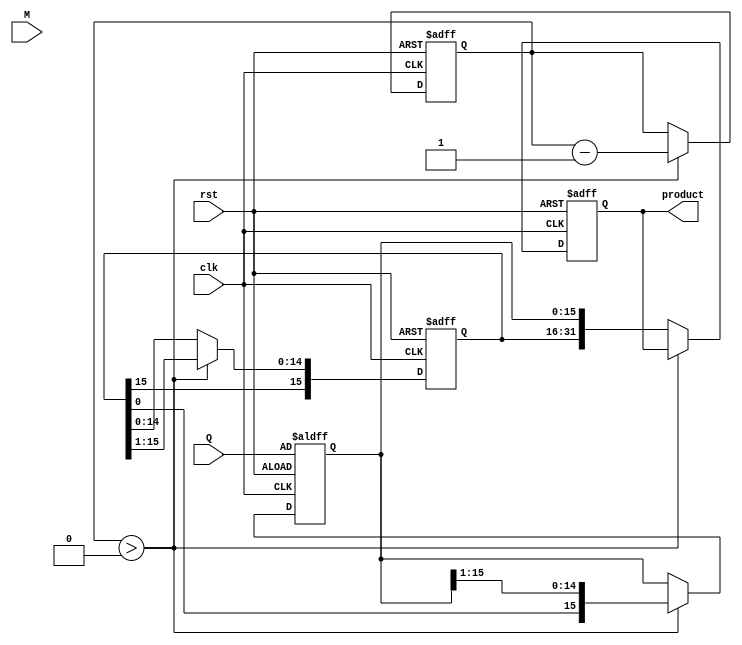
module modified_booth_multiplier (
    input wire clk,
    input wire rst,
    input wire [15:0] M, // Multiplicand
    input wire [15:0] Q, // Multiplier
    output reg [31:0] product // Final product
);

    reg [15:0] A; // Accumulator
    reg [15:0] Q_reg; // Multiplier register
    reg Q_1; // Previous bit of Q
    reg [4:0] count; // Count for the number of bits processed

    // Initialize registers
    always @(posedge clk or posedge rst) begin
        if (rst) begin
            A <= 16'b0;
            Q_reg <= Q;
            Q_1 <= 1'b0;
            product <= 32'b0;
            count <= 5'd16; // Assuming 16-bit multiplication
        end else if (count > 0) begin
            case ({Q_reg[0], Q_1})
                2'b00: begin
                    // No operation
                    A <= A; // A remains unchanged
                end
                2'b01: begin
                    // Add multiplicand (M) to accumulator (A)
                    A <= A + M;
                end
                2'b10: begin
                    // Subtract multiplicand (M) from accumulator (A)
                    A <= A - M;
                end
                2'b11: begin
                    // No operation
                    A <= A; // A remains unchanged
                end
            endcase

            // Arithmetic right shift
            {A, Q_reg} <= {A[15], A, Q_reg} >> 1; // Shift A and Q_reg
            Q_1 <= Q_reg[0]; // Update Q_1 with the previous Q[0]
            count <= count - 1; // Decrement count
        end else begin
            // Store the final product
            product <= {A, Q_reg}; // Combine A and Q_reg for final product
        end
    end

endmodule